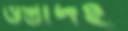
ওস্তাদই